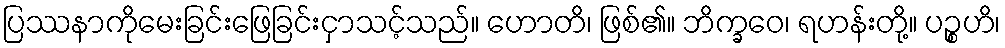
ပြဿနာကိုမေးခြင်းဖြေခြင်းငှာသင့်သည်။ ဟောတိ၊ ဖြစ်၏။ ဘိက္ခဝေ၊ ရဟန်းတို့။ ပဉ္စဟိ၊